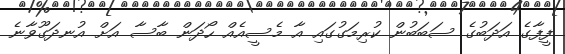
ފީފާގެ އަދަބުގެ ސަބަބުން ކުރިމަގުގައި އާ މެސީއެއް ހޯދަން ބާސާ އަށް އުނދަގޫވާނެ